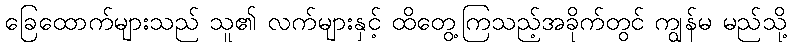
ခြေထောက်များသည် သူ၏ လက်များနှင့် ထိတွေ့ကြသည့်အခိုက်တွင် ကျွန်မ မည်သို့